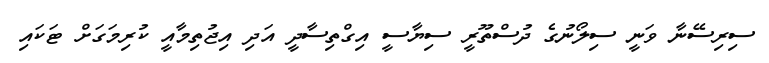
ސިރިސޭނާ ވަނީ ސިލޯނުގެ ދުސްތޫރީ ސިޔާސީ އިގްތިސާދީ އަދި އިޖުތިމާއީ ކުރިމަގަށް ޓަކައި